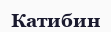
Катибин